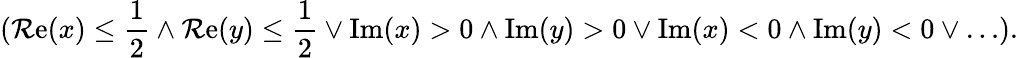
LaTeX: (\operatorname{\mathcal{R}e}(x)\leq{\frac{{1}}{{2}}}\wedge\operatorname{\mathcal{R}e}(y)\leq{\frac{{1}}{{2}}}\vee\operatorname{Im}(x)>0\wedge\operatorname{Im}(y)>0\vee\operatorname{Im}(x)<0\wedge\operatorname{Im}(y)<0\vee\ldots).